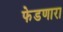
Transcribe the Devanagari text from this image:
फेडणारा